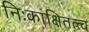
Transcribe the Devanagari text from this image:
निःकांक्षितत्त्व